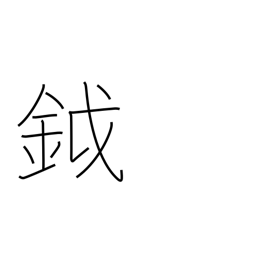
Meaning: battleaxe